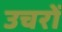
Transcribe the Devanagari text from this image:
उचरों